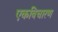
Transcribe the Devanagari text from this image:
एकविचारण